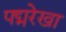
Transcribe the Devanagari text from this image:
पद्मरेखा